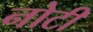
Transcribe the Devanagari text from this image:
नोटी